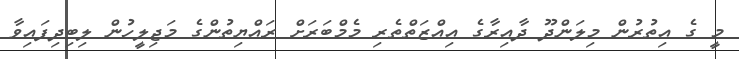
މީ ގެ އިތުރުން މިލަންދޫ ދާއިރާގެ އިއްޒަތްތެރި މެމްބަރަށް ރައްޔިތުންގެ މަޖިލީހުން ލިބިދިފައިވާ